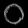
Digit: ၀